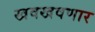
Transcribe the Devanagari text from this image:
खवखवणार